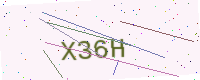
Text: X36H